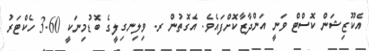
އެކޫޒިޝަން ކޮސްޓް ވަނީ އަންދާޒާކޮށްފައެވެ. އެގޮތުން ރ. ވިލިނގިލީގެ ބޮޑުމިނަކީ 3.60 ހެކްޓަރު